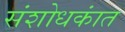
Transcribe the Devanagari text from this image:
संशोधकांत